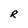
Character: R